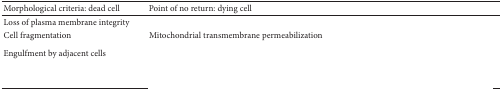
<table><thead><tr><td><b>Morphological criteria: dead cell</b></td><td><b>Point of no return: dying cell</b></td></tr></thead><tbody><tr><td>Loss of plasma membrane integrity </td><td>[EMPTY_CELL]</td></tr><tr><td>Cell fragmentation</td><td>Mitochondrial transmembrane permeabilization </td></tr><tr><td>Engulfment by adjacent cells </td><td>[EMPTY_CELL]</td></tr><tr><td>[EMPTY_CELL]</td><td>[EMPTY_CELL]</td></tr></tbody></table>